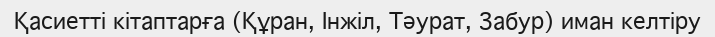
Қасиетті кітаптарға (Құран, Інжіл, Тәурат, Забур) иман келтіру